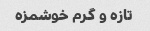
تازه و گرم خوشمزه